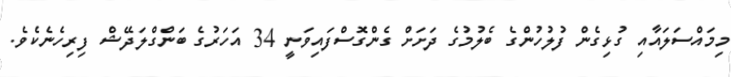
މިމައްސަލައާއި ގުޅިގެން ފުލުހުންގެ ބެލުމުގެ ދަށަށް ގެންގޮސްފައިވަނީ 34 އަހަރުގެ ބަންގްލަދޭޝް ފިރިހެނެކެވެ.